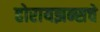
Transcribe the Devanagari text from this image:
होरायझन्सचे